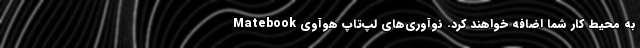
به محیط کار شما اضافه خواهند کرد. نوآوری‌های لپ‌تاپ هوآوی Matebook